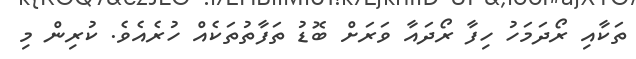
ތަކާއި ރޯދަމަހު ހިފާ ރޯދައާ ވަރަށް ބޮޑު ތަފާތުތަކެއް ހުރެއެވެ. ކުރިން މި